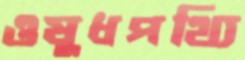
ওষুধপথ্যি